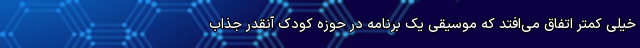
خیلی کمتر اتفاق می‌افتد که موسیقی یک برنامه در حوزه کودک آنقدر جذاب